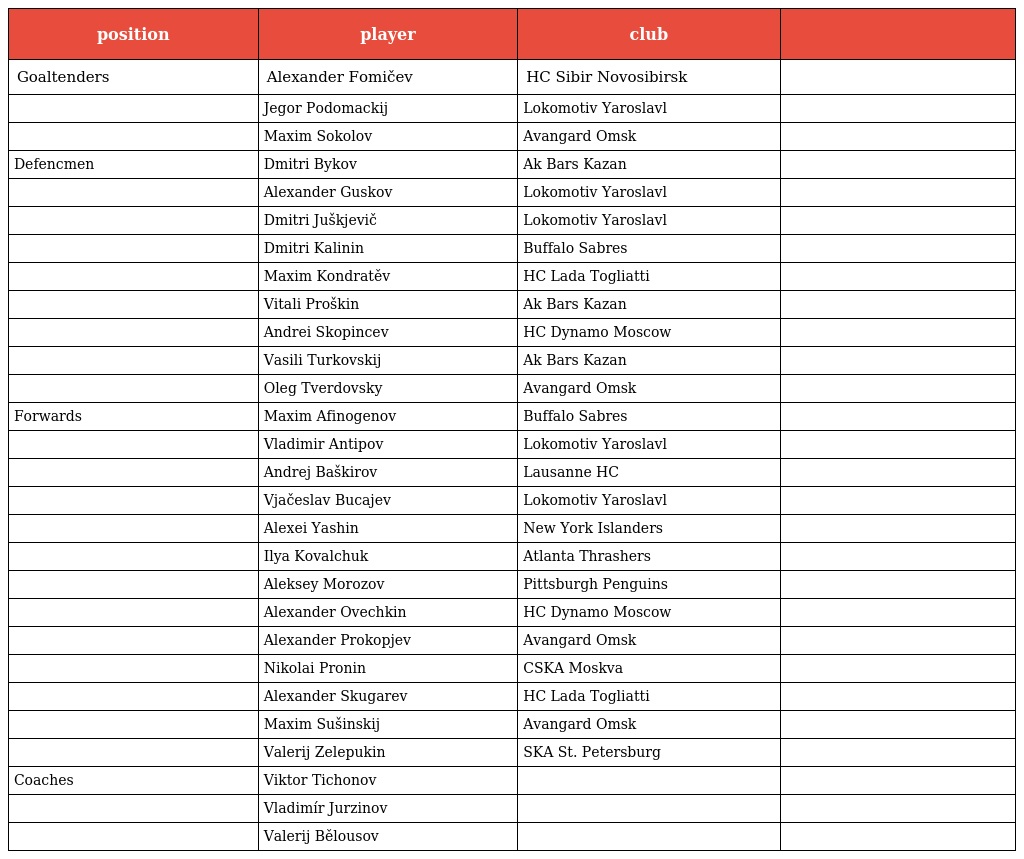
| position | player | club |  |
 | --- | --- | --- | --- |
 | Goaltenders | Alexander Fomičev | HC Sibir Novosibirsk |  |
 |  | Jegor Podomackij | Lokomotiv Yaroslavl |  |
 |  | Maxim Sokolov | Avangard Omsk |  |
 | Defencmen | Dmitri Bykov | Ak Bars Kazan |  |
 |  | Alexander Guskov | Lokomotiv Yaroslavl |  |
 |  | Dmitri Juškjevič | Lokomotiv Yaroslavl |  |
 |  | Dmitri Kalinin | Buffalo Sabres |  |
 |  | Maxim Kondratěv | HC Lada Togliatti |  |
 |  | Vitali Proškin | Ak Bars Kazan |  |
 |  | Andrei Skopincev | HC Dynamo Moscow |  |
 |  | Vasili Turkovskij | Ak Bars Kazan |  |
 |  | Oleg Tverdovsky | Avangard Omsk |  |
 | Forwards | Maxim Afinogenov | Buffalo Sabres |  |
 |  | Vladimir Antipov | Lokomotiv Yaroslavl |  |
 |  | Andrej Baškirov | Lausanne HC |  |
 |  | Vjačeslav Bucajev | Lokomotiv Yaroslavl |  |
 |  | Alexei Yashin | New York Islanders |  |
 |  | Ilya Kovalchuk | Atlanta Thrashers |  |
 |  | Aleksey Morozov | Pittsburgh Penguins |  |
 |  | Alexander Ovechkin | HC Dynamo Moscow |  |
 |  | Alexander Prokopjev | Avangard Omsk |  |
 |  | Nikolai Pronin | CSKA Moskva |  |
 |  | Alexander Skugarev | HC Lada Togliatti |  |
 |  | Maxim Sušinskij | Avangard Omsk |  |
 |  | Valerij Zelepukin | SKA St. Petersburg |  |
 | Coaches | Viktor Tichonov |  |  |
 |  | Vladimír Jurzinov |  |  |
 |  | Valerij Bělousov |  |  |